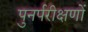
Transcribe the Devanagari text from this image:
पुनर्परीक्षणों